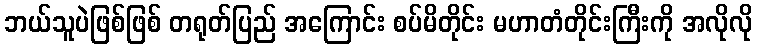
ဘယ်သူပဲဖြစ်ဖြစ် တရုတ်ပြည် အကြောင်း စပ်မိတိုင်း မဟာတံတိုင်းကြီးကို အလိုလို